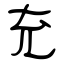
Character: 充